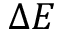
\Delta E